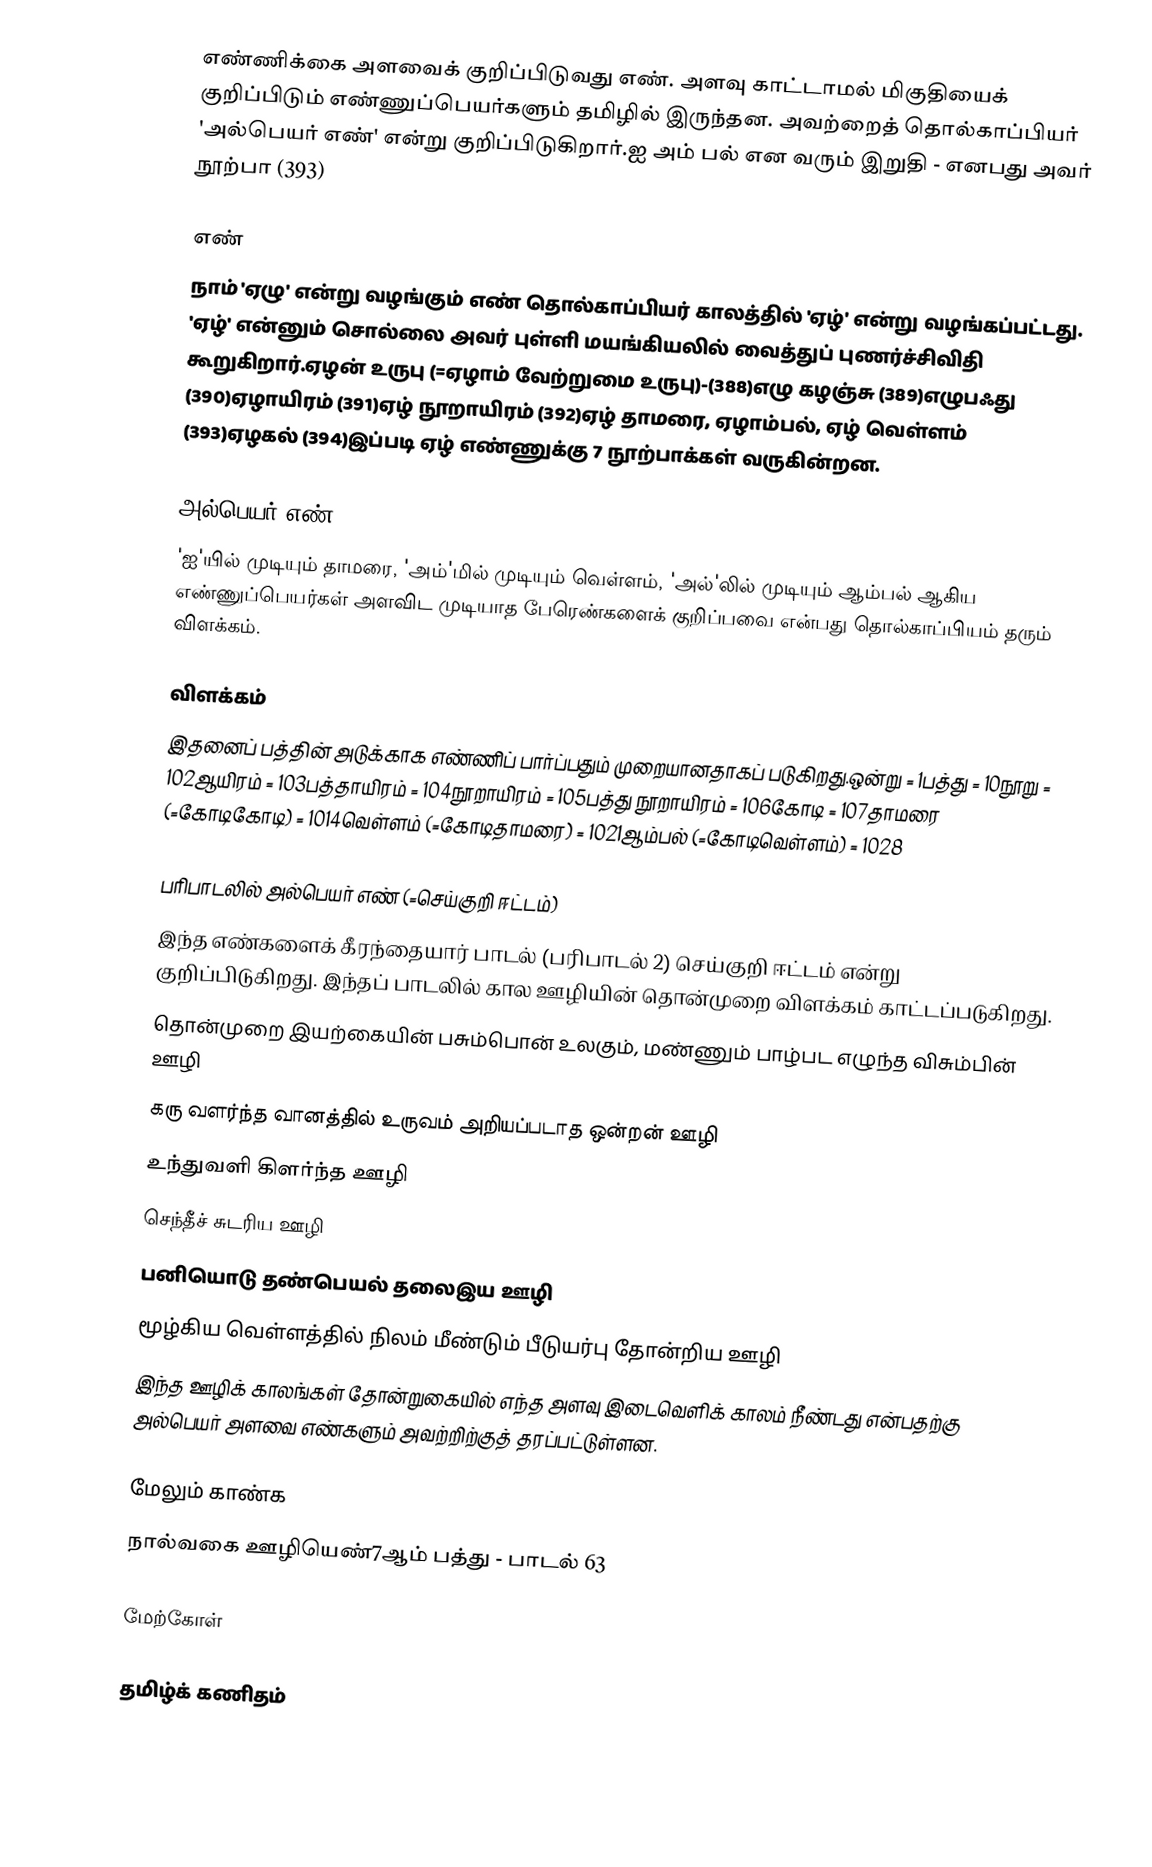
எண்ணிக்கை அளவைக் குறிப்பிடுவது எண். அளவு காட்டாமல் மிகுதியைக் குறிப்பிடும் எண்ணுப்பெயர்களும் தமிழில் இருந்தன. அவற்றைத் தொல்காப்பியர் 'அல்பெயர் எண்' என்று குறிப்பிடுகிறார்.ஐ அம் பல் என வரும் இறுதி - எனபது அவர் நூற்பா (393)

எண்
நாம் 'ஏழு' என்று வழங்கும் எண் தொல்காப்பியர் காலத்தில் 'ஏழ்' என்று வழங்கப்பட்டது. 'ஏழ்' என்னும் சொல்லை அவர் புள்ளி மயங்கியலில் வைத்துப் புணர்ச்சிவிதி கூறுகிறார்.ஏழன் உருபு (=ஏழாம் வேற்றுமை உருபு)-(388)எழு கழஞ்சு (389)எழுபஃது (390)ஏழாயிரம் (391)ஏழ் நூறாயிரம் (392)ஏழ் தாமரை, ஏழாம்பல், ஏழ் வெள்ளம் (393)ஏழகல் (394)இப்படி ஏழ் எண்ணுக்கு 7 நூற்பாக்கள் வருகின்றன.

அல்பெயர் எண்
'ஐ'யில் முடியும் தாமரை, 'அம்'மில் முடியும் வெள்ளம், 'அல்'லில் முடியும் ஆம்பல் ஆகிய எண்ணுப்பெயர்கள் அளவிட முடியாத பேரெண்களைக் குறிப்பவை என்பது தொல்காப்பியம் தரும் விளக்கம்.

விளக்கம்
இதனைப் பத்தின் அடுக்காக எண்ணிப் பார்ப்பதும் முறையானதாகப் படுகிறது.ஒன்று = 1பத்து = 10நூறு = 102ஆயிரம் = 103பத்தாயிரம் = 104நூறாயிரம் = 105பத்து நூறாயிரம் = 106கோடி = 107தாமரை (=கோடிகோடி) = 1014வெள்ளம் (=கோடிதாமரை) = 1021ஆம்பல் (=கோடிவெள்ளம்) = 1028

பரிபாடலில் அல்பெயர் எண் (=செய்குறி ஈட்டம்)
இந்த எண்களைக் கீரந்தையார் பாடல் (பரிபாடல் 2) செய்குறி ஈட்டம் என்று குறிப்பிடுகிறது. இந்தப் பாடலில் கால ஊழியின் தொன்முறை விளக்கம் காட்டப்படுகிறது.
 தொன்முறை இயற்கையின் பசும்பொன் உலகும், மண்ணும் பாழ்பட எழுந்த விசும்பின் ஊழி
 கரு வளர்ந்த வானத்தில் உருவம் அறியப்படாத ஒன்றன் ஊழி
 உந்துவளி கிளர்ந்த ஊழி
 செந்தீச் சுடரிய ஊழி
 பனியொடு தண்பெயல் தலைஇய ஊழி
 மூழ்கிய வெள்ளத்தில் நிலம் மீண்டும் பீடுயர்பு தோன்றிய ஊழி
இந்த ஊழிக் காலங்கள் தோன்றுகையில் எந்த அளவு இடைவெளிக் காலம் நீண்டது என்பதற்கு அல்பெயர் அளவை எண்களும் அவற்றிற்குத் தரப்பட்டுள்ளன.

மேலும் காண்க
 நால்வகை ஊழியெண்7ஆம் பத்து - பாடல் 63

மேற்கோள்

தமிழ்க் கணிதம்